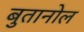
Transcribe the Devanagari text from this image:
बुतानोल